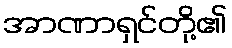
အာဏာရှင်တို့၏